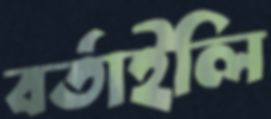
বর্তাইলি